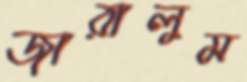
জারালুম